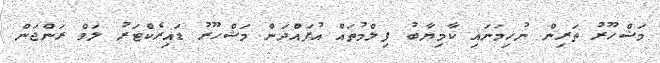
މަޝްހޫރު ތަރިން ނުހިމަނައި ކާމިޔާބު ފިލްމުތައް އުފައްދަން މަޝްހޫރު ޑައިރެކްޓަރު ލަވް ރަންޖަން